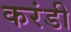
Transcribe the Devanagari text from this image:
करंडी